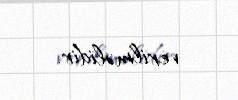
verilməlidir.